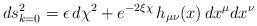
LaTeX: \begin{align*}ds^2_{k=0}=\epsilon\,d\chi^2+e^{-2\xi \chi}\,h_{\mu\nu}(x)\,dx^{\mu}dx^{\nu}\end{align*}